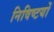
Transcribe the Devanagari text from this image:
निविष्टयों